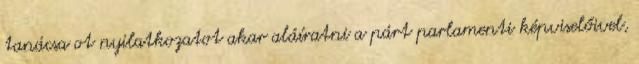
tanácsa ot nyilatkozatot akar aláíratni a párt parlamenti képviselőivel,